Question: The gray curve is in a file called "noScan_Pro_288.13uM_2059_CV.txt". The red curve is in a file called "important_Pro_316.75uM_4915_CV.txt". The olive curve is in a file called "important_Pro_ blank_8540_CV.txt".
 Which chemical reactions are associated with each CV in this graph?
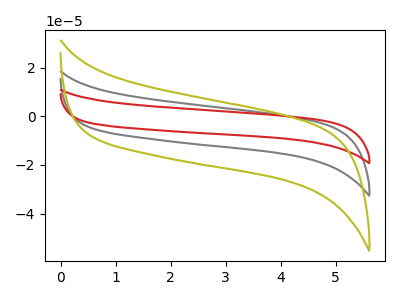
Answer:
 <answer>The gray curve is labeled "Pro, 288.13uM". The red curve is labeled "Pro, 316.75uM". The olive curve is labeled "Pro,  blank".</answer>
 <eval></eval>